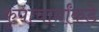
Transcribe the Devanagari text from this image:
कृपाचार्यांकडे